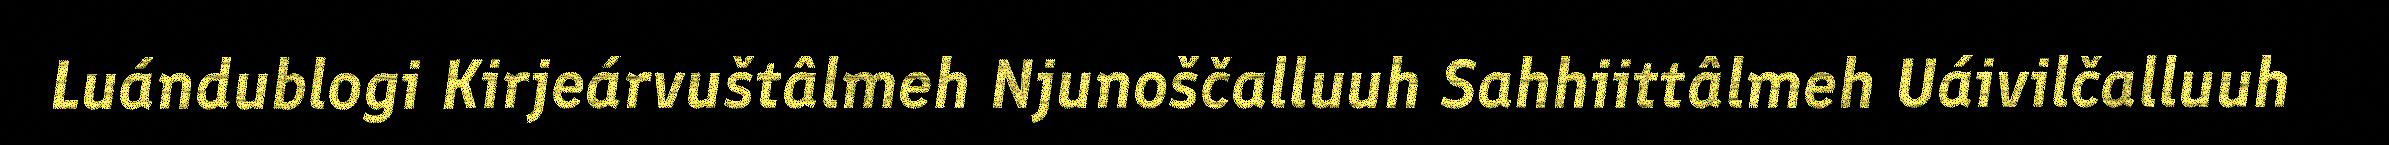
Luándublogi Kirjeárvuštâlmeh Njunoščalluuh Sahhiittâlmeh Uáivilčalluuh